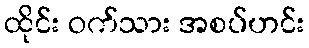
ထိုင်း ဝက်သား အစပ်ဟင်း